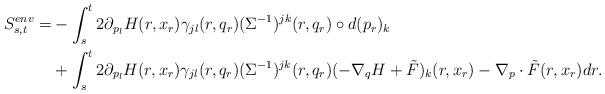
LaTeX: \begin{align*}S^{env}_{s,t}= &-\int_{s}^t 2\partial_{p_l} H (r,x_r) \gamma_{jl}(r,q_r)(\Sigma^{-1})^{jk}(r,q_r)\circ d(p_r)_k\\&+\int_{s}^t 2\partial_{p_l} H (r,x_r) \gamma_{jl}(r,q_r)(\Sigma^{-1})^{jk}(r,q_r)(- \nabla_q H+\tilde F)_k(r,x_r) -\nabla_p\cdot \tilde F(r,x_r)dr.\end{align*}